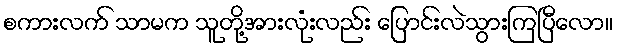
စကားလက် သာမက သူတို့အားလုံးလည်း ပြောင်းလဲသွားကြပြီလော။